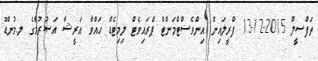
ތަފްސީލް 2015-12-13 ފްރީލައިން އިންވެސްޓްމަންޓް ޕްރައިވެޓް ލިމިޓެޑް ޙައްވާ ޢަރީޝާ އަސުރުމާގެ ލ.މުންޑޫ